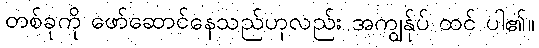
တစ်ခုကို ဖော်ဆောင်နေသည်ဟုလည်း အကျွန်ုပ် ထင် ပါ၏။